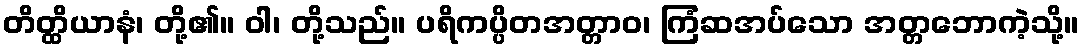
တိတ္ထိယာနံ၊ တို့၏။ ဝါ၊ တို့သည်။ ပရိကပ္ပိတအတ္တာဝ၊ ကြံဆအပ်သော အတ္တဘောကဲ့သို့။